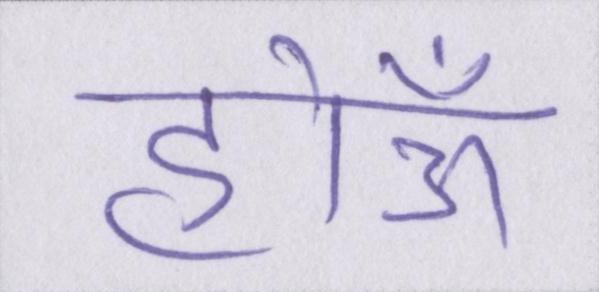
होऊँ